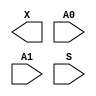
module sky130_fd_sc_ls__mux2 (
    X ,
    A0,
    A1,
    S
);

    output X ;
    input  A0;
    input  A1;
    input  S ;

    // Voltage supply signals
    supply1 VPWR;
    supply0 VGND;
    supply1 VPB ;
    supply0 VNB ;

endmodule